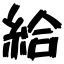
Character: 給